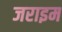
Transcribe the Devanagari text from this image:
जराइम